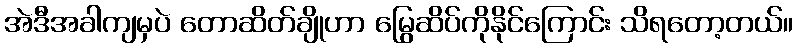
အဲဒီအခါကျမှပဲ တောဆိတ်ချိုဟာ မြွေဆိပ်ကိုနိုင်ကြောင်း သိရတော့တယ်။